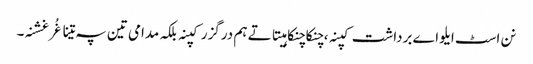
نن اسٹ ایلو اے برداشت کپنہ ، چنکاچنکا ہیتاتے ہم درگزر کپنہ بلکہ مدامی تین پہ تینا غُرغشنہ۔